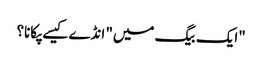
"ایک بیگ میں" انڈے کیسے پکانا؟